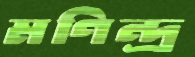
মণিন্দ্র